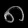
Digit: ၈